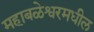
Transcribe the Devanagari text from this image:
महाबळेश्वरमधील